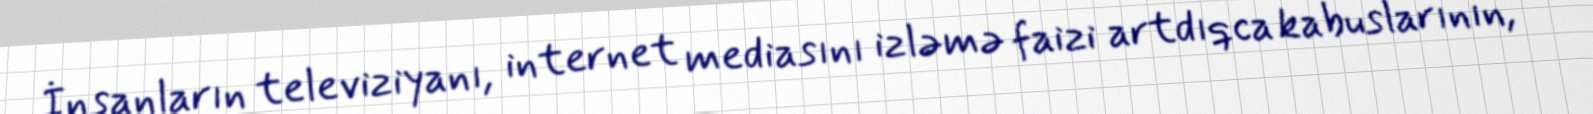
İnsanların televiziyanı, internet mediasını izləmə faizi artdıqca kabuslarının,